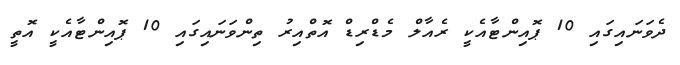
ދެވަނައިގައި 10 ޕޮއިންޓާއެކީ ރެއާލް މެޑްރިޑް އޮތްއިރު ތިންވަނައިގައި 10 ޕޮއިންޓާއެކީ އޮތީ